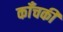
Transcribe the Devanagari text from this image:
काँचकी